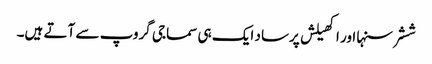
ششر سنہا اور اکھیلش پرساد ایک ہی سماجی گروپ سے آتے ہیں۔